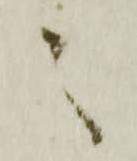
之